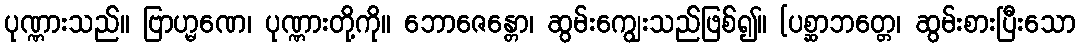
ပုဏ္ဏားသည်။ ဗြာဟ္မဏေ၊ ပုဏ္ဏားတို့ကို။ ဘောဇေန္တော၊ ဆွမ်းကျွေးသည်ဖြစ်၍။ [ပစ္ဆာဘတ္တေ၊ ဆွမ်းစားပြီးသော